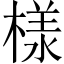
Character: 様